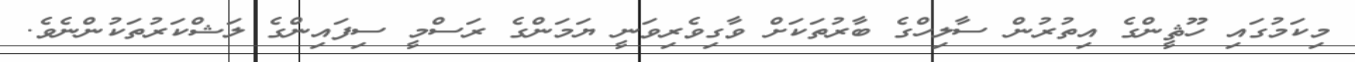
މިކަމުގައި ހޫޘީންގެ އިތުރުން ސާލިހްގެ ބާރުތަކަށް ވާގިވެރިވަނީ ޔަމަންގެ ރަސްމީ ސިފައިންގެ ލަޝްކަރުތަކުންނެވެ.